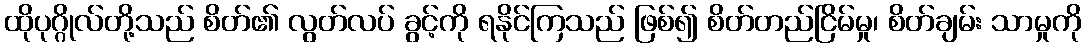
ထိုပုဂ္ဂိုလ်တို့သည် စိတ်၏ လွတ်လပ် ခွင့်ကို ရနိုင်ကြသည် ဖြစ်၍ စိတ်တည်ငြိမ်မှု၊ စိတ်ချမ်း သာမှုကို